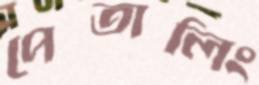
পেতালিং